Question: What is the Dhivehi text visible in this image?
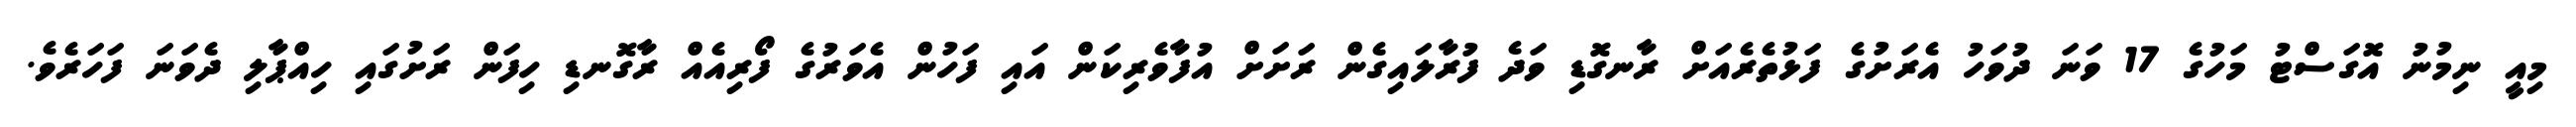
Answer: މިއީ ނިމުނު އޮގަސްޓު މަހުގެ 17 ވަނަ ދުވަހު އެރަށުގެ ފަޅުތެރެއަށް ރާނގޮޑި ވަދެ ފުރާލައިގެން ރަށަށް އުފާވެރިކަން އައި ފަހުން އެވަރުގެ ފޯރިއެއް ރާގޮނޑި ހިފަން ރަށުގައި ހިއްޕާލި ދެވަނަ ފަހަރެވެ.